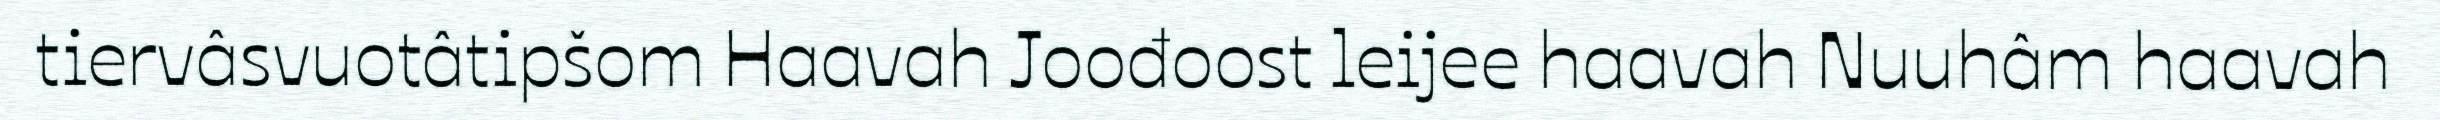
tiervâsvuotâtipšom Haavah Joođoost leijee haavah Nuuhâm haavah